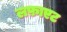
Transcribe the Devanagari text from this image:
लफ़ाएट